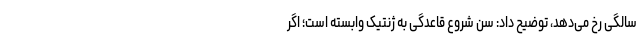
سالگی رخ می‌دهد، توضیح داد: سن شروع قاعدگی به ژنتیک وابسته است؛ اگر